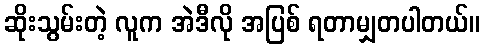
ဆိုးသွမ်းတဲ့ လူက အဲဒီလို အပြစ် ရတာမျှတပါတယ်။